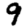
Digit: 9